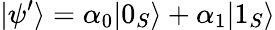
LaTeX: |\psi^{\prime}\rangle=\alpha_{0}|0_{S}\rangle+\alpha_{1}|1_{S}\rangle